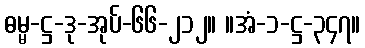
ဓမ္မ-ဋ္ဌ-ဒု-အုပ်-၆၆-၂၁၂။ ။အံ-၁-ဋ္ဌ-၃၄၇။